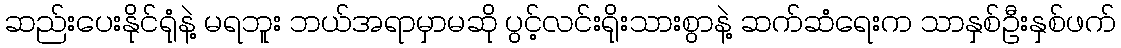
ဆည်းပေးနိုင်ရုံနဲ့ မရဘူး ဘယ်အရာမှာမဆို ပွင့်လင်းရိုးသားစွာနဲ့ ဆက်ဆံရေးက သာနှစ်ဦးနှစ်ဖက်